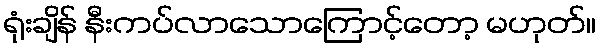
ရုံးချိန် နီးကပ်လာသောကြောင့်တော့ မဟုတ်။